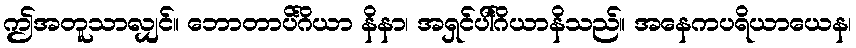
ဤအတူသာလျှင်။ ဘောတာပိင်္ဂိယာ နိနာ၊ အရှင်ပါင်္ဂိယာနိသည်။ အနေကပရိယာယေန၊